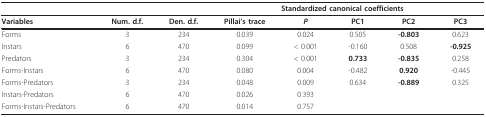
<table><thead><tr><td></td><td></td><td></td><td></td><td colspan="4"><b>Standardized canonical coefficients</b></td></tr></thead><tbody><tr><td><b>Variables</b></td><td><b>Num. d.f</b>.</td><td><b>Den. d.f</b>.</td><td><b>Pillai&#x27;s trace</b></td><td><b><i>P</i></b></td><td><b>PC1</b></td><td><b>PC2</b></td><td><b>PC3</b></td></tr><tr><td>Forms</td><td>3</td><td>234</td><td>0.039</td><td>0.024</td><td>0.505</td><td><b>-0.803</b></td><td>0.623</td></tr><tr><td>Instars</td><td>6</td><td>470</td><td>0.099</td><td>&lt; 0.001</td><td>-0.160</td><td>0.508</td><td><b>-0.925</b></td></tr><tr><td>Predators</td><td>3</td><td>234</td><td>0.304</td><td>&lt; 0.001</td><td><b>0.733</b></td><td><b>-0.835</b></td><td>0.258</td></tr><tr><td>Forms-Instars</td><td>6</td><td>470</td><td>0.080</td><td>0.004</td><td>-0.482</td><td><b>0.920</b></td><td>-0.445</td></tr><tr><td>Forms-Predators</td><td>3</td><td>234</td><td>0.048</td><td>0.009</td><td>0.634</td><td><b>-0.889</b></td><td>0.325</td></tr><tr><td>Instars-Predators</td><td>6</td><td>470</td><td>0.026</td><td>0.393</td><td></td><td></td><td></td></tr><tr><td>Forms-Instars-Predators</td><td>6</td><td>470</td><td>0.014</td><td>0.757</td><td></td><td></td><td></td></tr></tbody></table>